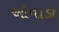
ઓવાડા